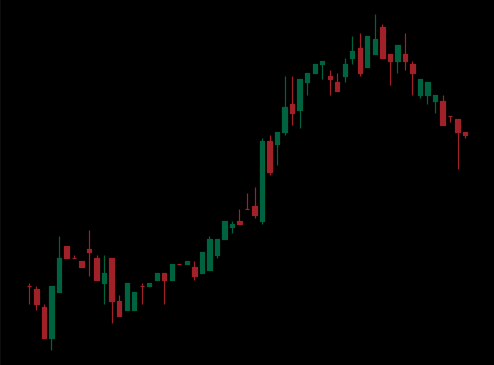
Pattern: bear_flag